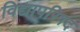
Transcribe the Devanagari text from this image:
विद्यापरिषद